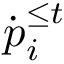
{ \boldsymbol { \dot { p } } } _ { i } ^ { \le t }